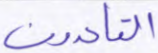
القاعدون